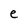
Character: e